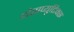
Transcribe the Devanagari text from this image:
थेराप्युटिक्स